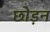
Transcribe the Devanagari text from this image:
छोड़न